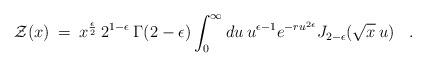
LaTeX: \begin{align*}{\cal Z}(x)\>=\> x^{\epsilon \over 2} \> 2^{1 - \epsilon} \> \Gamma(2-\epsilon)\int_0^\infty du\> u^{\epsilon-1} e^{-r u^{2 \epsilon}} J_{2 - \epsilon}({\sqrt x} \> u)\;\;\;.\end{align*}